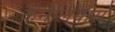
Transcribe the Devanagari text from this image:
कैनेलियास